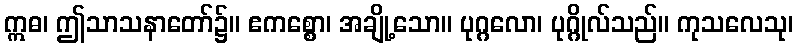
ဣဓ၊ ဤသာသနာတော်၌။ ဧကစ္စော၊ အချို့သော။ ပုဂ္ဂလော၊ ပုဂ္ဂိုလ်သည်။ ကုသလေသု၊